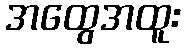
အထွေအထူး